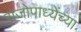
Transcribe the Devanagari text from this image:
राजोपाध्येंच्या